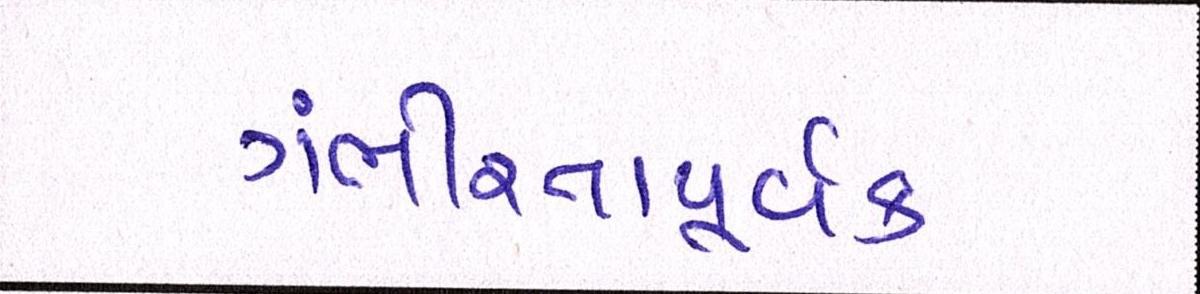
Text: ગંભીરતાપૂર્વક